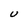
Character: U